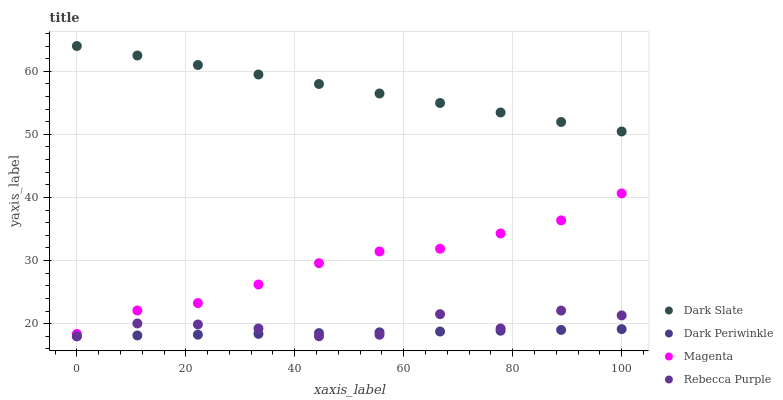
| xaxis_label | Dark Slate | Dark Periwinkle | Magenta | Rebecca Purple |
 | --- | --- | --- | --- | --- |
 | 0 | 64 | 18 | 18.4 | 18 |
 | 11.1 | 62.5 | 18.1 | 22.1 | 20 |
 | 22.2 | 61 | 18.3 | 23.3 | 19.9 |
 | 33.3 | 59.5 | 18.4 | 26.2 | 19.2 |
 | 44.4 | 58 | 18.5 | 29.6 | 18 |
 | 55.6 | 56.5 | 18.6 | 31.4 | 18.2 |
 | 66.7 | 55 | 18.8 | 31.9 | 21.5 |
 | 77.8 | 53.5 | 18.9 | 34.3 | 19.2 |
 | 88.9 | 52 | 19 | 36.4 | 22.1 |
 | 100 | 50.5 | 19.1 | 40.6 | 21.3 |